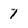
Character: 7